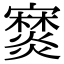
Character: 𤑖